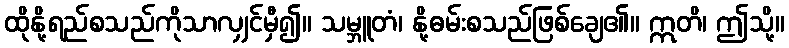
ထိုနို့ရည်စသည်ကိုသာလျှင်မှီ၍။ သမ္ဘူတံ၊ နို့ဓမ်းစသည်ဖြစ်ချေ၏။ ဣတိ၊ ဤသို့။